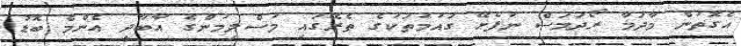
އެގޮތުން މާދަމާ ރޯދަމަސް ނުފެށޭ ގައުމުތަކުގެ ތެރޭގައި މުސްލިމުންގެ އާބާދީ އެންމެ ބޮޑު